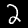
Label: 2